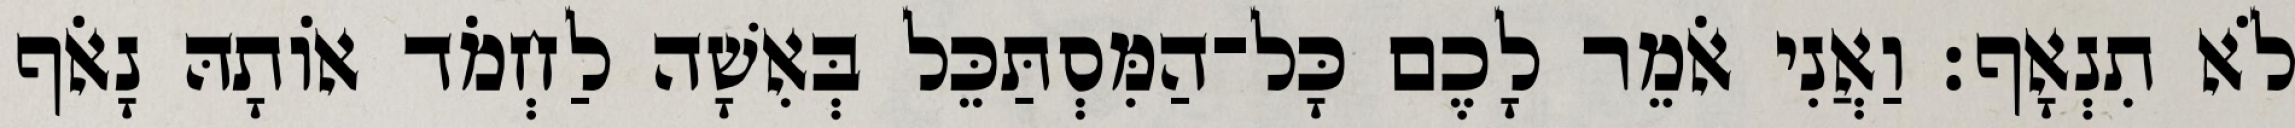
לֹא תִנְאָף׃ וַאֲנִי אֹמֵר לָכֶם כָּל־הַמִּסְתַּכֵּל בְּאִשָׁה לַחְמֹד אוֹתָהּ נָאֹף